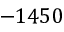
- 1 4 5 0